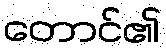
တောင်၏